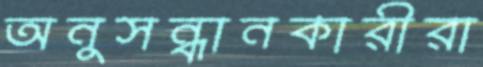
অনুসন্ধানকারীরা